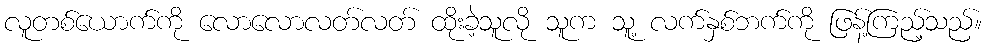
လူတစ်ယောက်ကို လောလောလတ်လတ် ထိုးခဲ့သူလို သူက သူ့ လက်နှစ်ဘက်ကို ဖြန့်ကြည့်သည်။